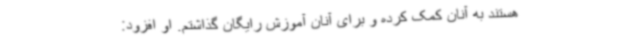
هستند به آنان کمک کرده و برای آنان آموزش رایگان گذاشتم. او افزود: